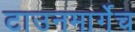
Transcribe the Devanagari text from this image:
टाउनमार्गेच